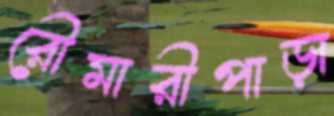
রৌমারীপাড়া